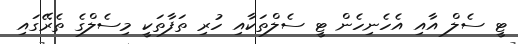
ޓީ ސެލް އާއި އެހެނިހެން ޓީ ސެލްތަކާއި ހުރި ތަފާތަކީ މިސެލްގެ ތެރޭގައި